Vaccination in Bombay 1863-1868 - 1863-1868
Year: 1863
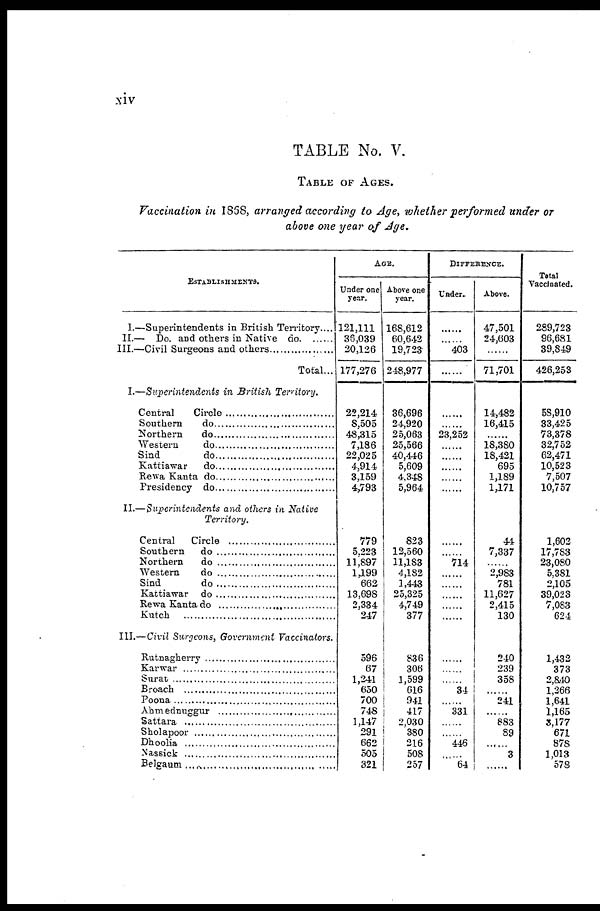
xiv
TABLE No. V.
TABLE OF AGES.
Vaccination in 1868, arranged according to Age, whether performed under or
above one year of Age.
ESTABLISHMENTS.
I.—Superintendents in British Territory....
II.— Do. and others in Native do
......
III— Civil Surgeons and others ....................
Total...
I.—Superintendents in British Territory.
Central Circle.......................................
Southern do ..............................
Northern do ..............................
Western do ..............................
Sind do..............................
Kattiawar do ..............................
Rewa Kanta do ..............................
Presidency do .................................
II.—Superintendents and others in Native
Territory.
Central Circle ..............................
Southern do ..............................
Northern do ..............................
Western do..............................
Sind do ..............................
Kattiawar do ..............................
Rewa Kanta do ..............................
Kutch .................................
III.—Civil Surgeons, Government Vaccinators.
Rutnagherry ..............................
Karwar ..............................
Surat .................................
Broach ..............................
Poona .................................
Ahmednaggur ..............................
Sattara ..............................
Sholapoor ..............................
Dhoolia ..............................
Nassick ..............................
Belgaum ..............................
AGE.
Under one
year.
121,111
36,039
20,126
177,276
22,214
8‚505
48,315
7,186
22,025
4,914
3,159
4,793
779
5,223
11,897
1,199
662
13,698
2,334
247
596
67
1,241
650
700
748
1,147
291
662
505
321
Above one
year.
168,612
60,642
19,723
248,977
36,696
24,920
25,063
25,566
40,446
5,609
4,348
5,964
823
12,560
11,183
4,182
1,443
25,325
4,749
377
836
306
1,599
616
941
417
2,030
380
216
508
257
DIFFERENCE.
Under.
......
......
403
......
......
......
23,252
......
......
......
......
......
......
......
714
......
......
......
......
......
......
......
......
34
......
331
......
......
446
......
64
Above.
47,501
24,603
......
71,701
14,482
16,415
......
18,380
18,421
695
1,189
1,171
44
7,337
......
2,983
781
11,627
2,415
130
240
239
358
......
241
......
883
89
......
3
......
Total
Vaccinated.
289,723
96,681
39,849
426,253
58,910
33,425
73,378
32,752
62,471
10,523
7,507
10,757
1,602
17,783
23,080
5,381
2,105
39,023
7,083
624
1,432
373
2,840
1,266
1,641
1,165
3,177
671
878
1,013
578